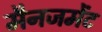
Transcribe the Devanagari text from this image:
मैनजमेंट